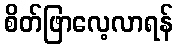
စိတ်ဖြာလေ့လာရန်